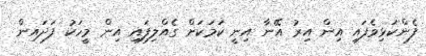
ފެންކަޅިވެފައި އިން އިރު އޭނާ އިނީ ކަމަކަށް ގެއްލިފައި އިން މީހަކު ފަދައިން